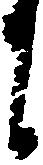
に